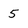
Character: 5